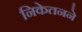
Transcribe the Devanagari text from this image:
निकेतनने